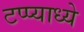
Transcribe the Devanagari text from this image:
टप्प्याध्ये